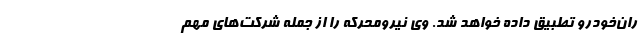
ران‌خودرو تطبیق داده خواهد شد‌. وی نیرومحرکه را از جمله شرکت‌های مهم